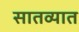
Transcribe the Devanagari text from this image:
सातव्यात